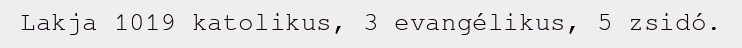
Lakja 1019 katolikus, 3 evangélikus, 5 zsidó.